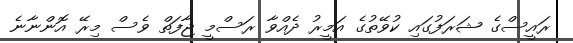
ރައީސްގެ ޝަރަފުގައި ކުވޭތުގެ އަމީރު ދެއްވާ ރަސްމީ ޖާފަތް ވެސް މިރޭ އޮންނާނެ